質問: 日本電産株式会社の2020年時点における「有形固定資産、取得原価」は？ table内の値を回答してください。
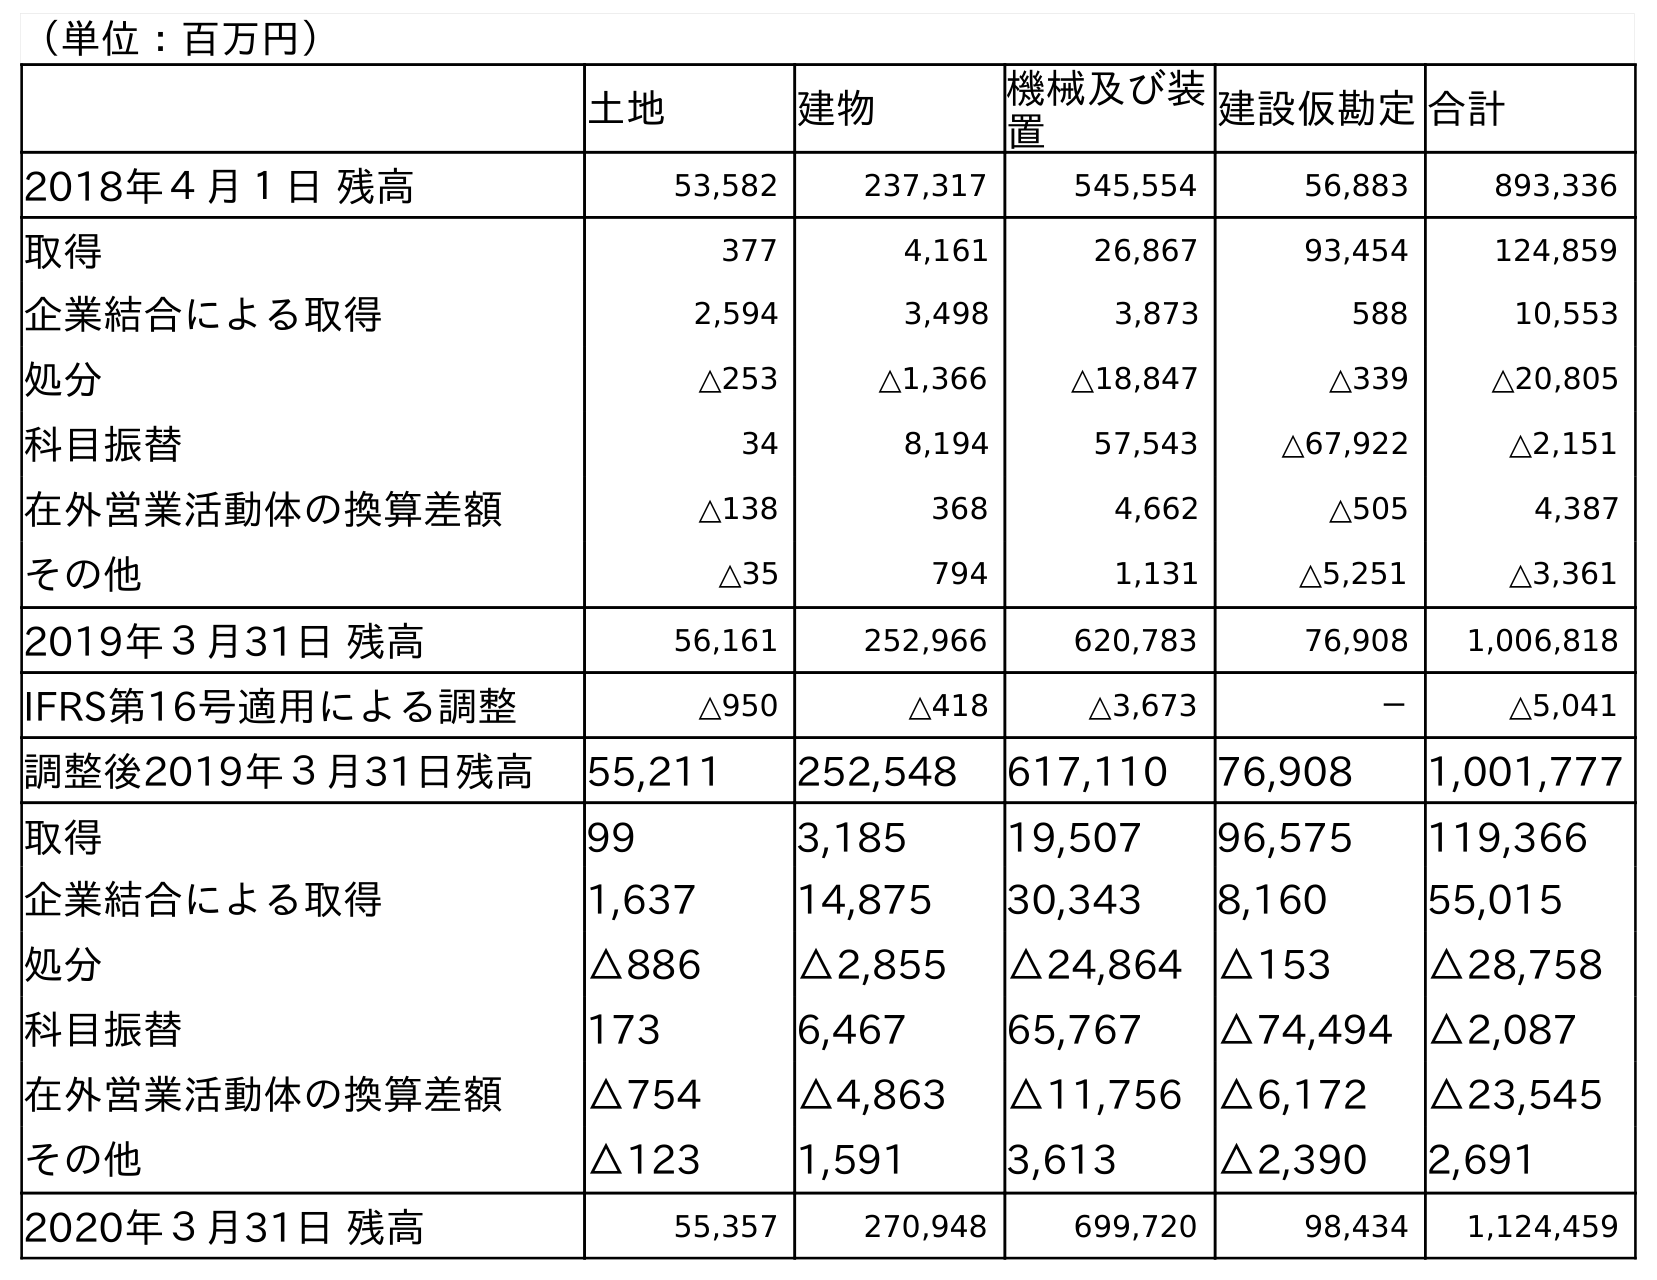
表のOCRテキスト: （単位：百万円） 土地 建物 機械及び装 置 建設仮勘定合計 2018年４月１日 残高 53,582 237,317 545,554 56,883 893,336 取得 377 4,161 26,867 93,454 124,859 企業結合による取得 2,594 3,498 3,873 588 10,553 処分 △253 △1,366 △18,847 △339 △20,805 科目振替 34 8,194 57,543 △67,922 △2,151 在外営業活動体の換算差額 △138 368 4,662 △505 4,387 その他 △35 794 1,131 △5,251 △3,361 2019年３月31日 残高 56,161 252,966 620,783 76,908 1,006,818 IFRS第16号適用による調整 △950 △418 △3,673 － △5,041 調整後2019年３月31日残高 55,211 252,548 617,110 76,908 1,001,777 取得 99 3,185 19,507 96,575 119,366 企業結合による取得 1,637 14,875 30,343 8,160 55,015 処分 △886 △2,855 △24,864 △153 △28,758 科目振替 173 6,467 65,767 △74,494 △2,087 在外営業活動体の換算差額 △754 △4,863 △11,756 △6,172 △23,545 その他 △123 1,591 3,613 △2,390 2,691 2020年３月31日 残高 55,357 270,948 699,720 98,434 1,124,459
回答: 1,124,459